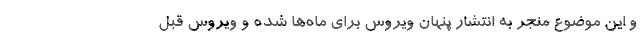
و این موضوع منجر به انتشار پنهان ویروس برای ماه‌ها شده و ویروس قبل